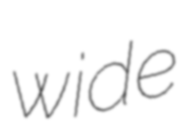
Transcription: wide